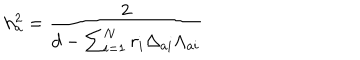
h _ { a } ^ { 2 } = { \frac { 2 } { d - \sum _ { i = 1 } ^ { N } r _ { i } \Delta _ { a i } \Lambda _ { a i } } }